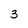
Character: 3